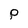
Character: P